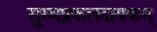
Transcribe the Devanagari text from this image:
सुस्वप्नफलदायकम्